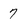
Character: 7